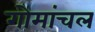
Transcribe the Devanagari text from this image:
गोमांचल